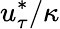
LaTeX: u_{\tau}^{*}/\kappa